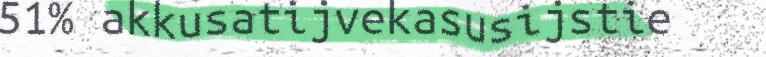
51% akkusatijvekasusijstie